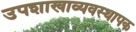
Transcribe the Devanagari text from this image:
उपशाखाव्यवस्थापक